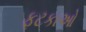
ફટકાઓ